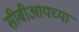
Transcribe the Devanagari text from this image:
सीबीआयच्या